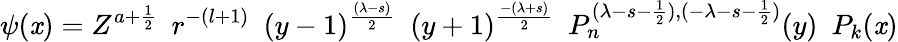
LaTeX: \psi(\mathit{x})=Z^{a+\frac{{1}}{{2}}}\, \, \, r^{-(l+1)}\, \, \, (y-1)^{\frac{{(\lambda-s)}}{{2}}}\, \, \, (y+1)^{\frac{{-(\lambda+s)}}{{2}}}\, \, \, P_{n}^{(\lambda-s-\frac{{1}}{{2}}),(-\lambda-s-\frac{{1}}{{2}})}(y)\, \, \, P_{k}(\mathit{x})